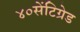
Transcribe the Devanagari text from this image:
४०सेंटिग्रेड